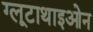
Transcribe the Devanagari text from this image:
ग्लूटाथाइओन